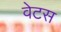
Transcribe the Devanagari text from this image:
वेटस